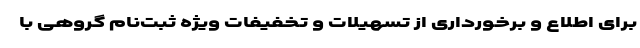
برای اطلاع و برخورداری از تسهیلات و تخفیفات ویژه ثبت‌نام گروهی با